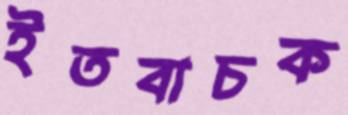
ইতবাচক